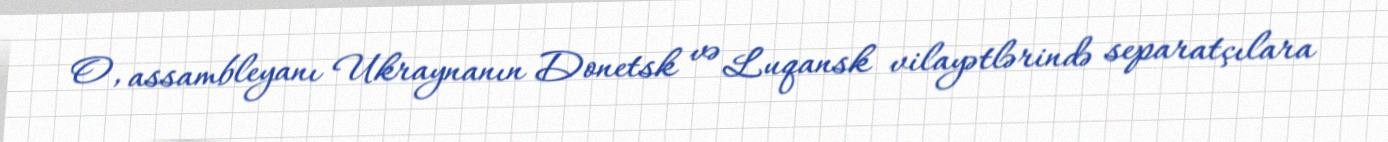
O, assambleyanı Ukraynanın Donetsk və Luqansk vilayətlərində separatçılara